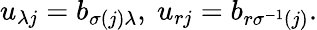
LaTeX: u_{\lambda j}=b_{\sigma(j)\lambda},\ u_{rj}=b_{r\sigma^{-1}(j)}.